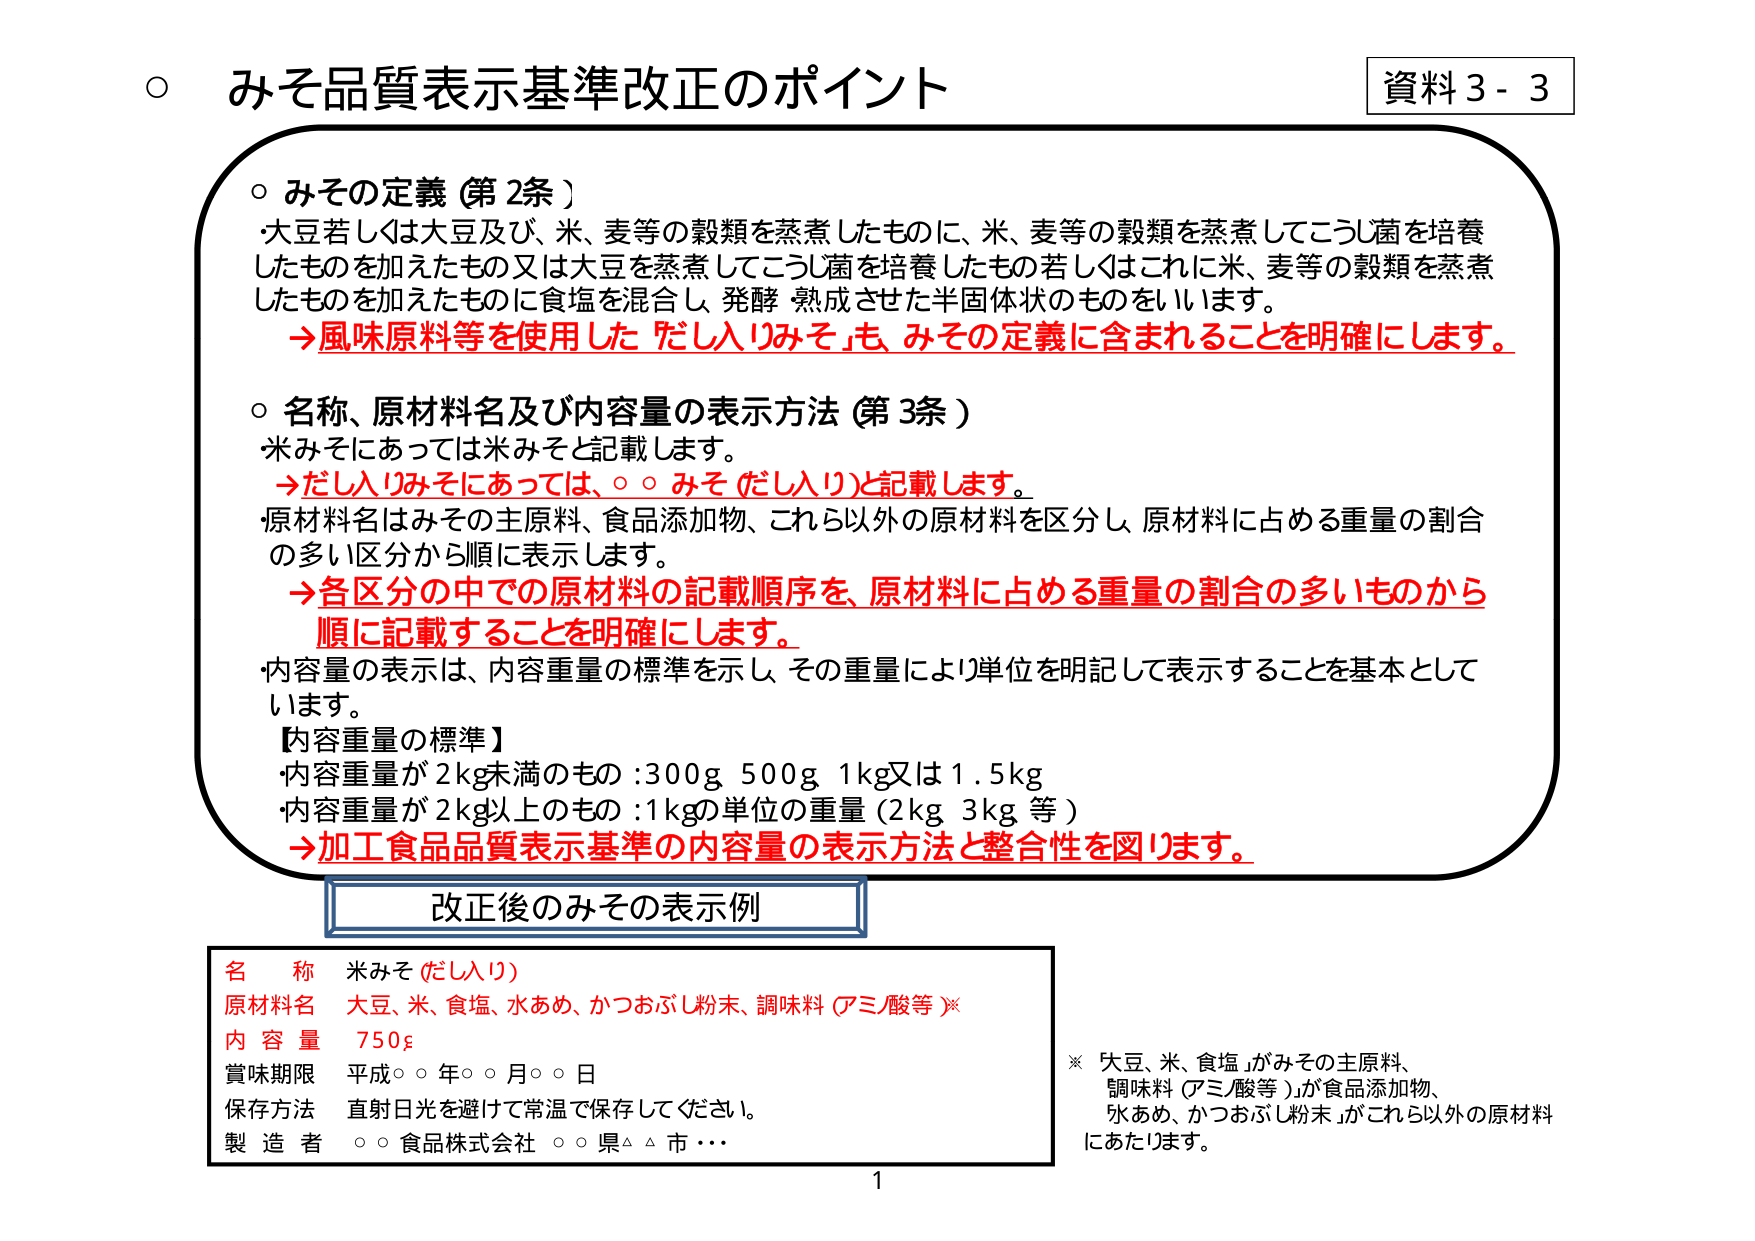
○ みそ品質表示基準改正のポイント

資料3-3

○ みその定義（第2条）
・大豆若しくは大豆及び、米、麦等の穀類を蒸煮したものに、米、麦等の穀類を蒸煮してこうじ菌を培養したものを加えたもの又は大豆を蒸煮してこうじ菌を培養したもの若しくはこれに米、麦等の穀類を蒸煮したものを加えたものに食塩を混合し、発酵・熟成させた半固体状のものをいいます。
→風味原料等を使用した「だし入りみそ」も、みその定義に含まれることを明確にします。

○ 名称、原材料名及び内容量の表示方法（第3条）
・米みそにあっては米みそと記載します。
→だし入りみそにあっては、○○みそ（だし入り）と記載します。
・原材料名はみその主原料、食品添加物、これら以外の原材料を区分し、原材料に占める重量の割合の多い区分から順に表示します。
→各区区分の中での原材料の記載順序を、原材料に占める重量の割合の多いものから順に記載することを明確にします。
・内容量の表示は、内容重量の標準を示し、その重量により単位を明記して表示することを基本としています。
【内容重量の標準】
・内容重量が2kg未満のもの：300g 500g 1kg又は1.5kg
・内容重量が2kg以上のもの：1kgの単位の重量（2kg 3kg 等）
→加工食品品質表示基準の内容量の表示方法と整合性を図ります。

改正後のみその表示例

名 称 米みそ（だし入り）
原材料名 大豆、米、食塩、水あめ、かつおぶし粉末、調味料（アミノ酸等）※
内 容 量 750g
賞味期限 平成○○年○○月○○日
保存方法 直射日光を避けて常温で保存してください。
製 造 者 ○○食品株式会社 ○○県△△市・・・

※「大豆、米、食塩」がみその主原料、「調味料（アミノ酸等）」が食品添加物、「水あめ、かつおぶし粉末」がこれら以外の原材料にあたります。

1